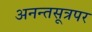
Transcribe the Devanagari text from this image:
अनन्तसूत्रपर